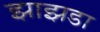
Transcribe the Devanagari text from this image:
झाझडा